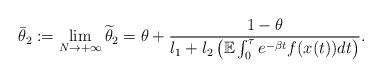
LaTeX: \begin{align*}\begin{aligned}\bar{\theta}_2:=\lim_{N\rightarrow+\infty}\widetilde{\theta}_2=\theta+\frac{1-\theta}{l_1+l_2\left(\mathbb{E}\int_0^{\tau}e^{-\beta t}f(x(t))dt\right)}.\end{aligned}\end{align*}